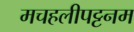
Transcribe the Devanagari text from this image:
मचहलीपट्टनम